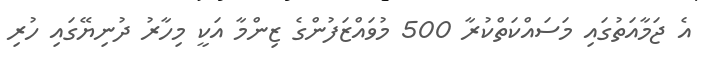
އެ ޖަމާއަތުގައި މަސައްކަތްކުރާ 500 މުވައްޒަފުންގެ ޒިންމާ އަކީ މިހާރު ދުނިޔޭގައި ހުރި